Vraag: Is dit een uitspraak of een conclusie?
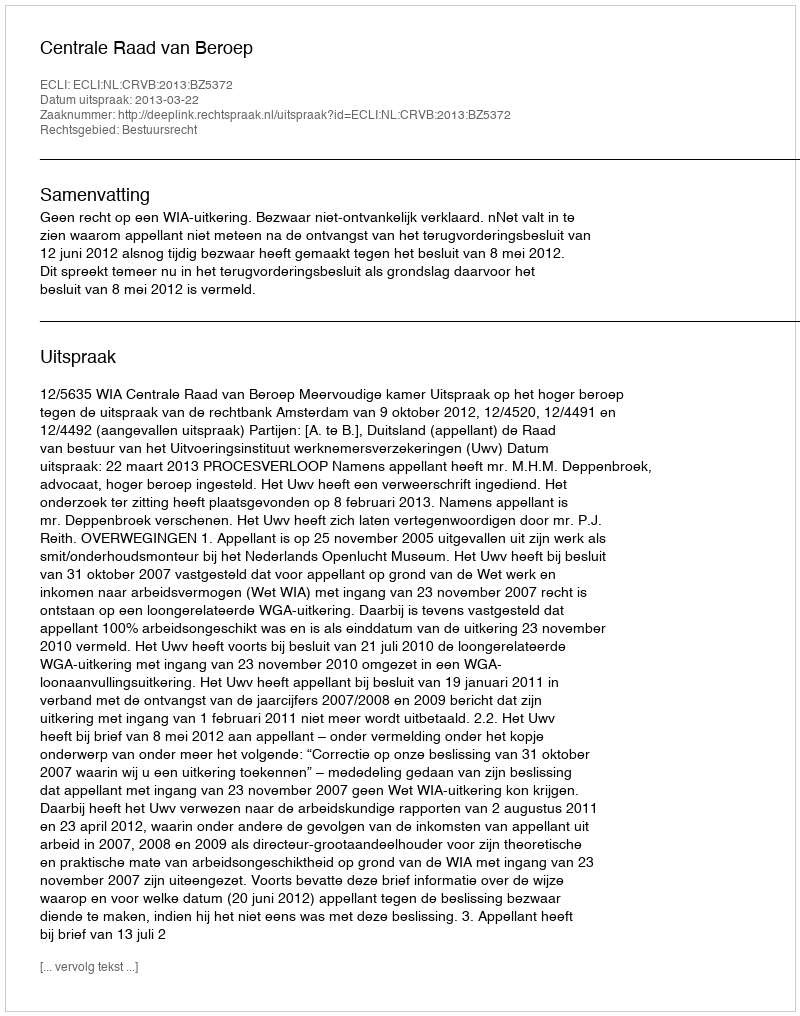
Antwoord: Uitspraak